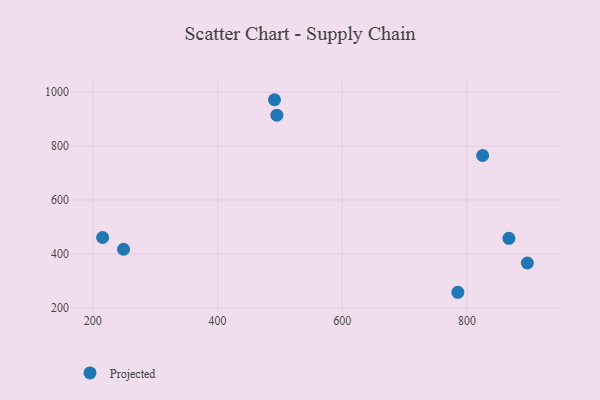
{"axis": {"x": "Investment", "y": "Sales"}, "legend": ["Projected"], "data": [{"x": "867.0", "y": 457.6, "type": "Projected"}, {"x": "495.1", "y": 914.6, "type": "Projected"}, {"x": "249.3", "y": 417.1, "type": "Projected"}, {"x": "491.3", "y": 971.8, "type": "Projected"}, {"x": "896.6", "y": 366.2, "type": "Projected"}, {"x": "785.2", "y": 257.6, "type": "Projected"}, {"x": "824.9", "y": 764.9, "type": "Projected"}, {"x": "215.8", "y": 460.8, "type": "Projected"}]}